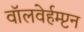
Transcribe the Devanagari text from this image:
वॉलवेर्हम्प्टन